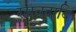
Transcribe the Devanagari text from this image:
रसवदादि